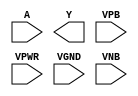
module sky130_fd_sc_hvl__inv (
    //# {{data|Data Signals}}
    input  A   ,
    output Y   ,

    //# {{power|Power}}
    input  VPB ,
    input  VPWR,
    input  VGND,
    input  VNB
);
endmodule